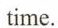
time.